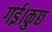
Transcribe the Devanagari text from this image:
गई।कुछ